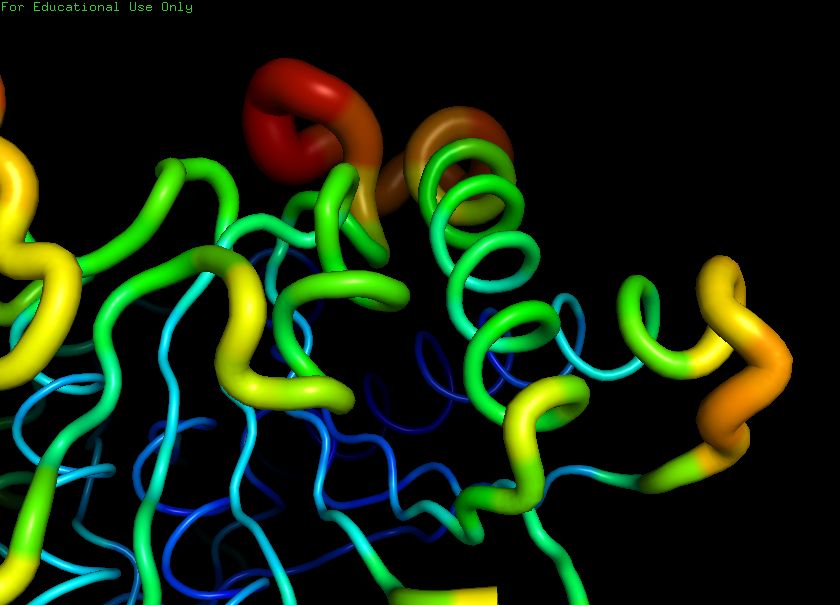
pymol, preset, b_factor_putty